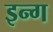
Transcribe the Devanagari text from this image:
इन्ग